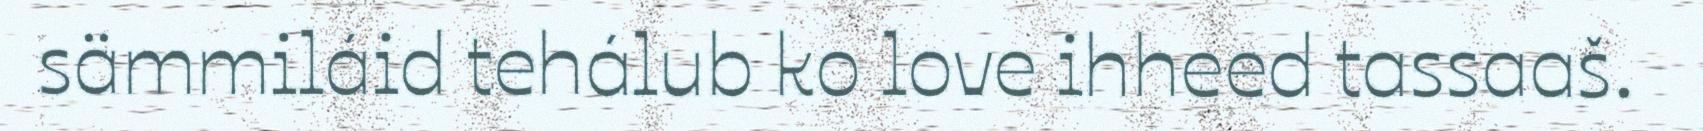
sämmiláid tehálub ko love ihheed tassaaš.